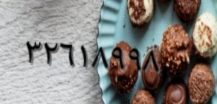
٣٢٦١٨٩٩٨